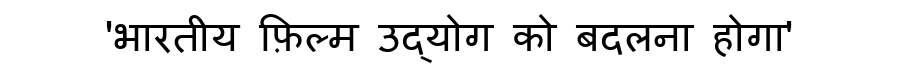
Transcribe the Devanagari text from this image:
'भारतीय फ़िल्म उद्योग को बदलना होगा'